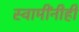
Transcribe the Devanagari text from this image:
स्वामींनीही